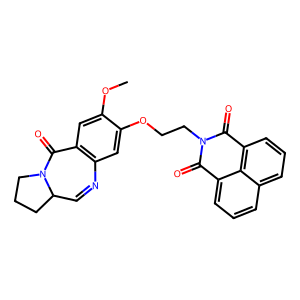
SMILES: COc1cc2c(cc1OCCN1C(=O)c3cccc4cccc(c34)C1=O)N=CC1CCCN1C2=O
Inhibits HIV replication: No